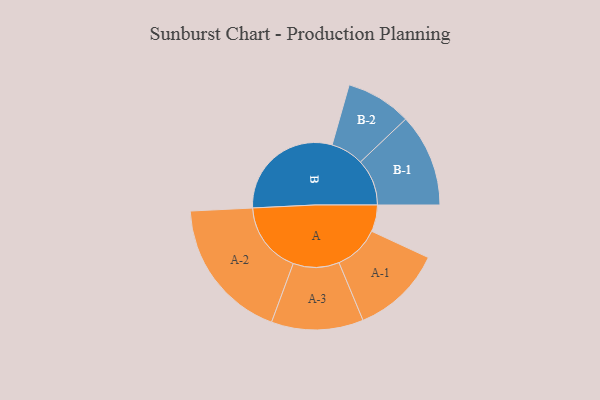
{"axis": {"x": "Segment", "y": "Value"}, "legend": ["", "A", "B"], "data": [{"x": "A", "y": 103, "type": ""}, {"x": "B", "y": 450, "type": ""}, {"x": "A-1", "y": 176, "type": "A"}, {"x": "A-2", "y": 277, "type": "A"}, {"x": "A-3", "y": 178, "type": "A"}, {"x": "B-1", "y": 180, "type": "B"}, {"x": "B-2", "y": 127, "type": "B"}]}